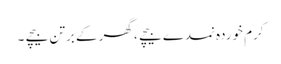
کرم خوردہ نمدے بیچے ، گھر کے برتن بیچے ۔